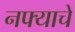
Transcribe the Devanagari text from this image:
नफ्याचे